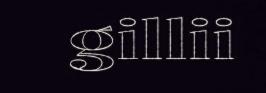
gillii